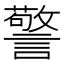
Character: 警